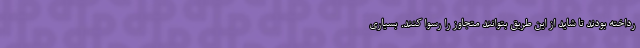
رداخته بودند تا شاید از این طریق بتوانند متجاوز را رسوا کنند. بسیاری